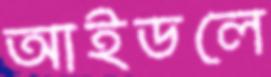
আইডলে